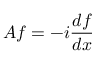
A f = - i { \frac { d f } { d x } }